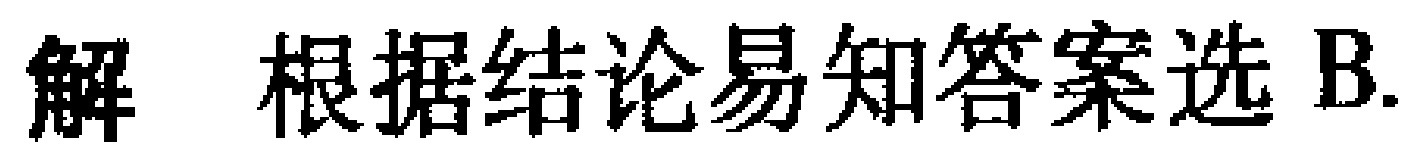
解 根据结论易知答案选 B.